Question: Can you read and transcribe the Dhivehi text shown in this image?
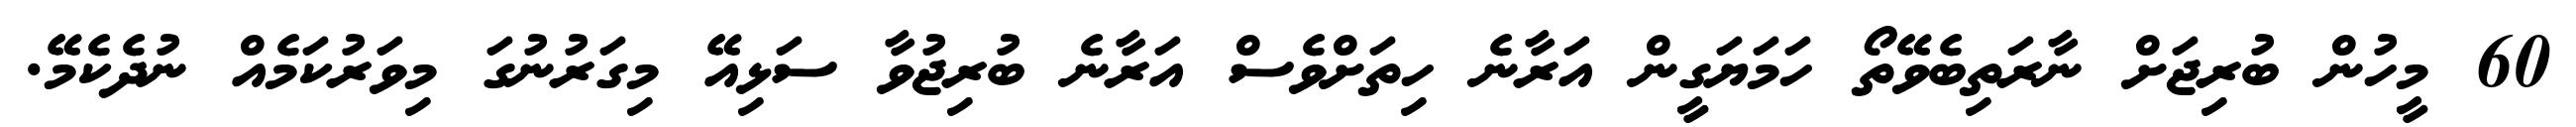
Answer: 60 މީހުން ބުރިޖަށް ނާރަތިބެވޭތޯ ހަމަޔަގީން އަރާނެ ހިތަށްވެސް އަރާނެ ބުރިޖުވާ ސަޅިއޭ މިގަރުނުގަ މިވަރުކަމެއް ނުދެކެމޭ.